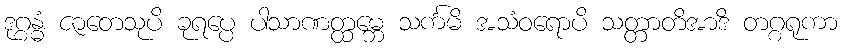
ဒုဂ္ဂန္ဓံ ဇာတေသုပိ ခုရပ္ပေ ပါသာဏတ္ထမ္ဘေ သင်္ကမိ အသံဝရောပိ သတ္တာတိအာဒိ တဂ္ဂရုကာ